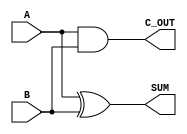
module half_adder
(
  input A, B,
  output SUM, C_OUT
);
  xor(SUM, A, B);
  and(C_OUT, A, B);
endmodule